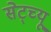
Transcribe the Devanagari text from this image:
सेट्च्यू